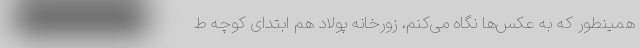
همینطور که به عکس‌ها نگاه می‌کنم، زورخانه‌ پولاد هم ابتدای کوچه ط